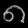
Digit: ၈